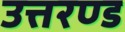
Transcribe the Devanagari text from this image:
उत्तरण्ड